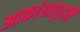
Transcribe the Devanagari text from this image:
आकांक्षापुढति